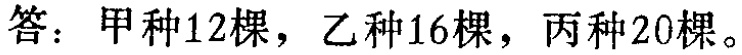
答：甲种12棵，乙种16棵，丙种20棵。